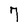
Character: 7